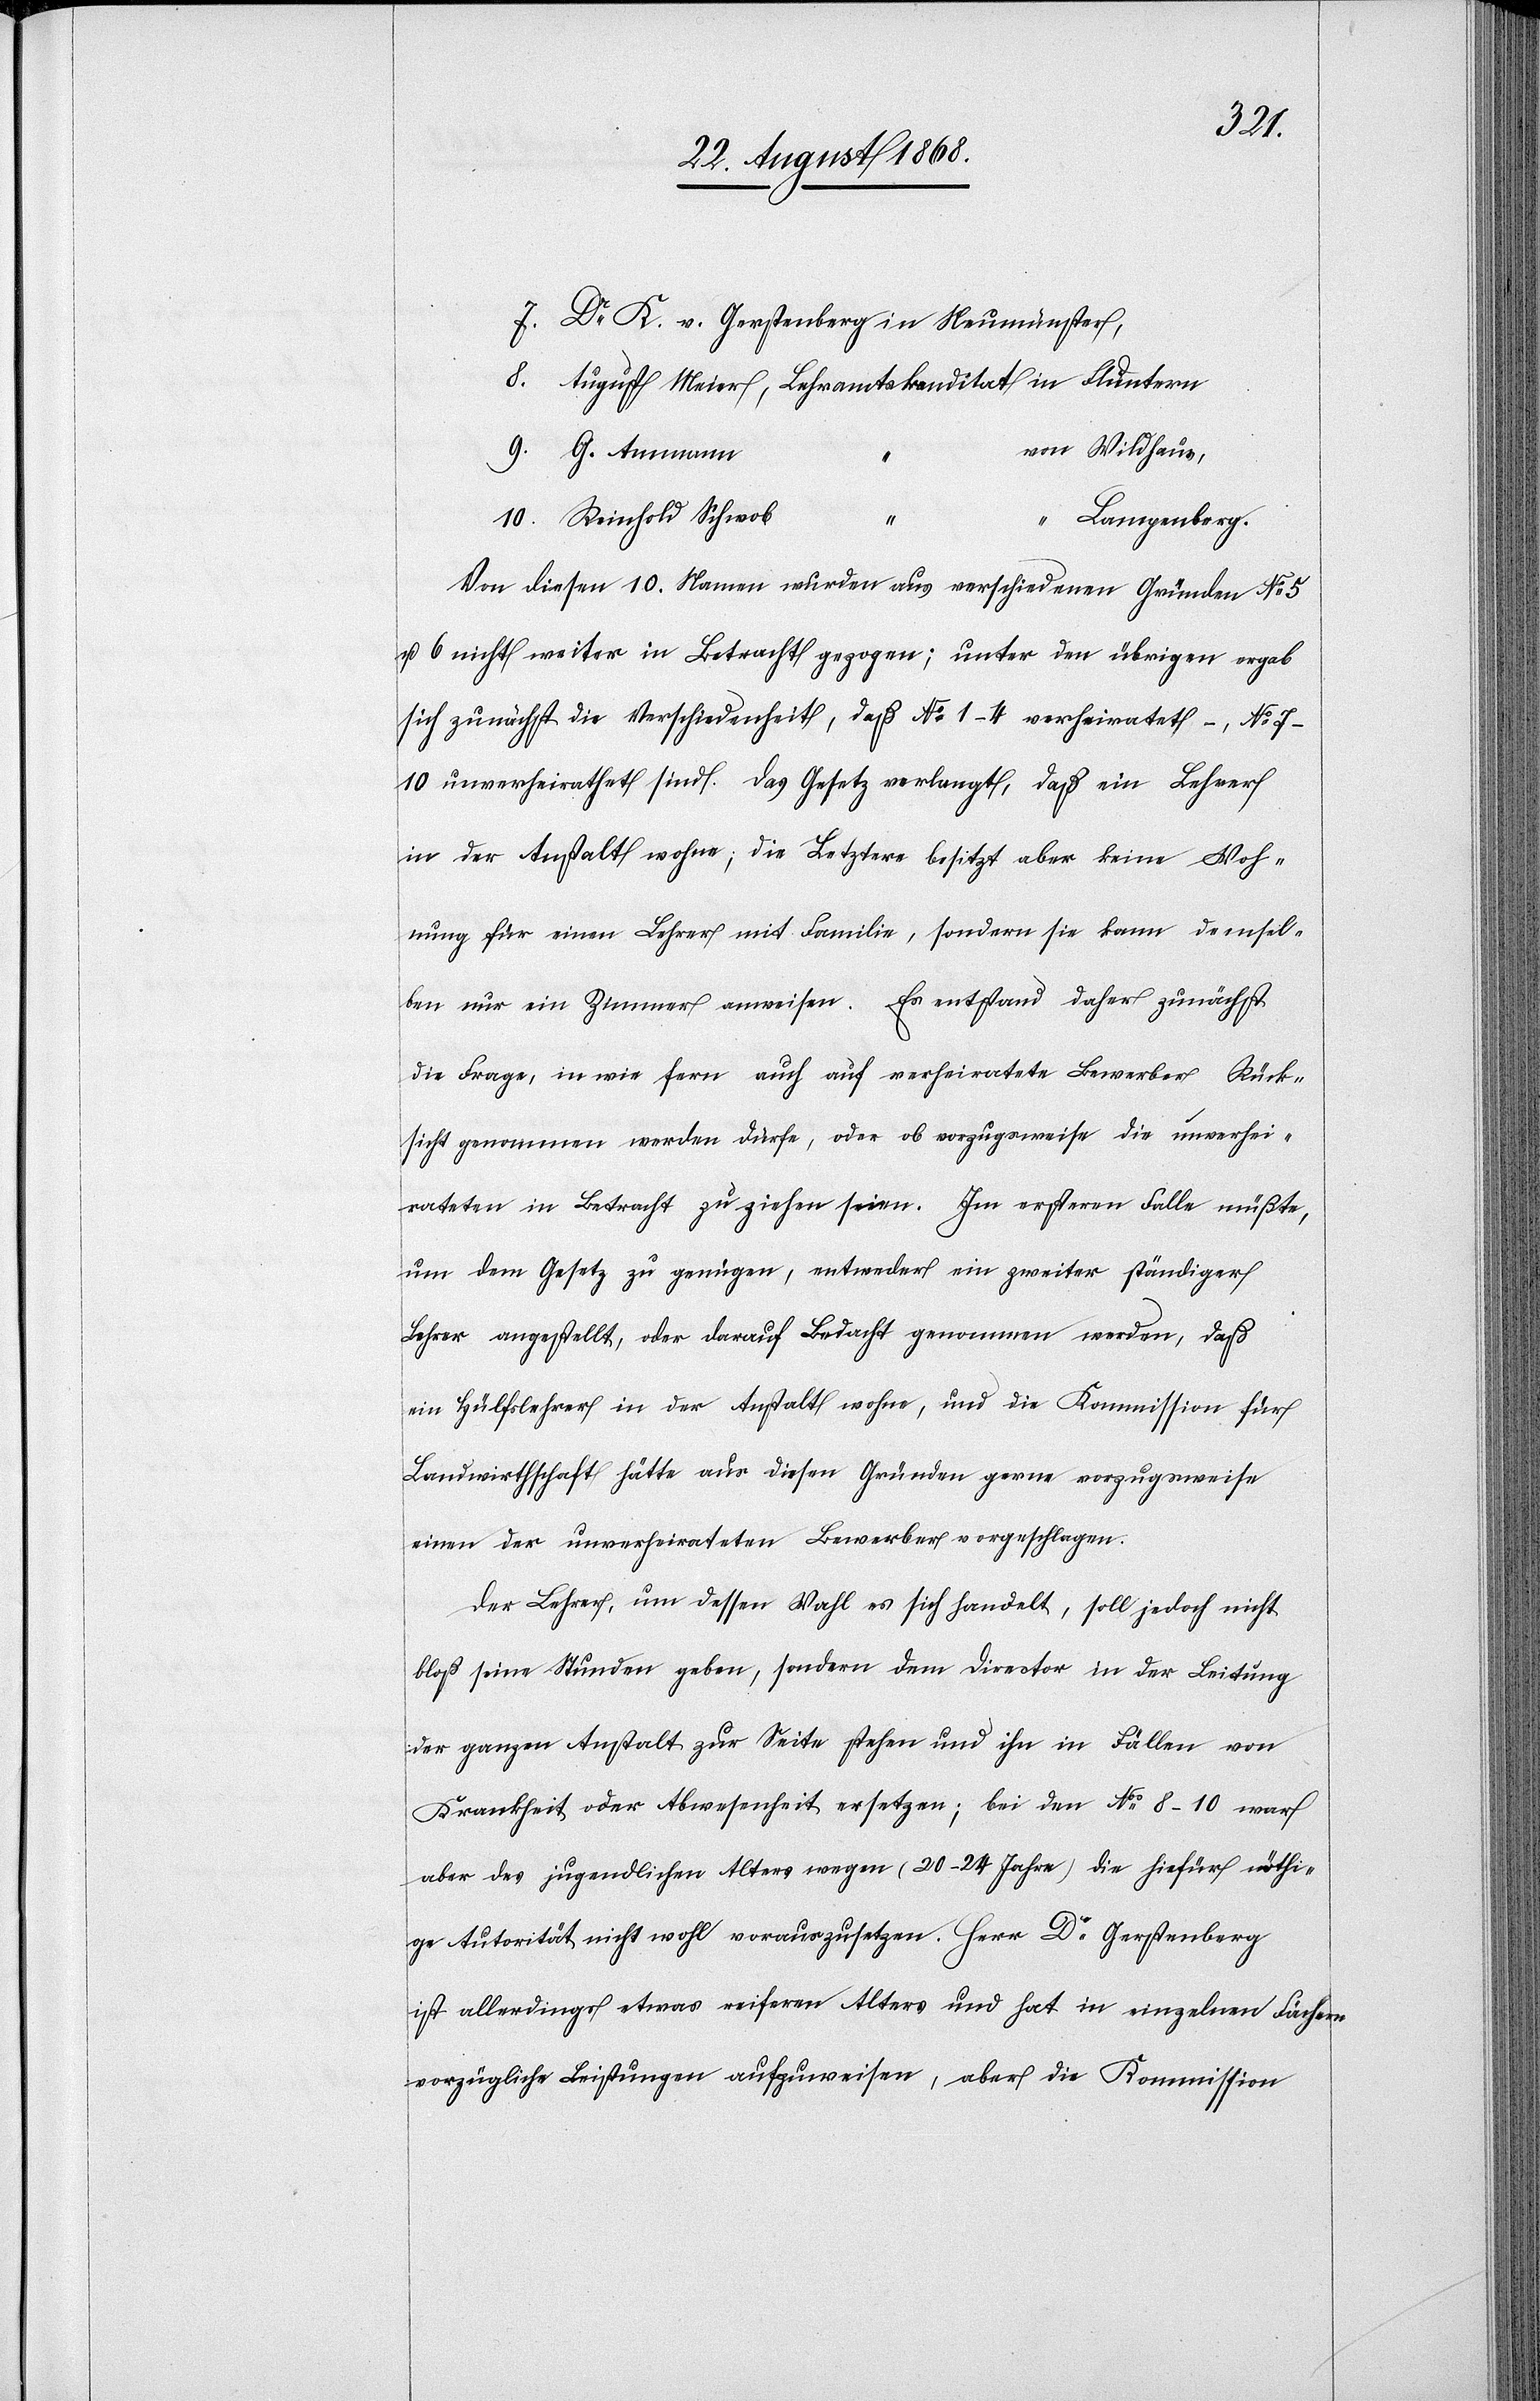
Dr K. v. Gerstenberg in Neumünster,
August Meier, Lehramtskanditat [sic!] in Fluntern
von Wildhaus,
10.
Reinhold Schwob
Lampenberg.
Von diesen 10. Namen wurden aus verschiedenen Gründen No 5
u. 6 nicht weiter in Betracht gezogen; unter den übrigen ergab
sich zunächst die Verschiedenheit, daß No 1–4 verheiratet –, No 7
–10 unverheirathet sind. Das Gesetz verlangt, daß ein Lehrer
in der Anstalt wohne; die Letztere besitzt aber keine Woh¬
nung für einen Lehrer mit Familie, sondern sie kann demsel¬
ben nur ein Zimmer anweisen. Es entstand daher zunächst
die Frage, in wie fern auch auf verheiratete Bewerber Rück¬
sicht genommen werden dürfe, oder ob vorzugsweise die unverhei¬
rateten in Betracht zu ziehen seien. Im ersteren Falle müßte,
um dem Gesetz zu genügen, entweder ein zweiter ständiger
Lehrer angestellt, oder darauf Bedacht genommen werden, daß
ein Hülfslehrer in der Anstalt wohne, und die Kommission für
Landwirthschaft hätte aus diesen Gründen gerne vorzugsweise
einen der unverheirateten Bewerber vorgeschlagen.
Der Lehrer, um dessen Wahl es sich handelt, soll jedoch nicht
bloß seine Stunden geben, sondern dem Director in der Leitung
der ganzen Anstalt zur Seite stehen und ihn in Fällen von
Krankheit oder Abwesenheit ersetzen; bei den No 8–10 war
aber des jugendlichen Alters wegen (20–24 Jahre) die hiefür nöthi¬
ge Autorität nicht wohl vorauszusetzen. Herr Dr Gerstenberg
ist allerdings etwas reiferen Alters und hat in einzelnen Fächern
vorzügliche Leistungen aufzuweisen, aber die Kommission